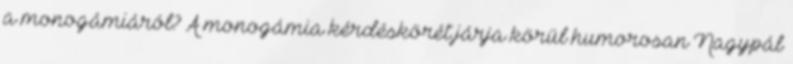
a monogámiáról? A monogámia kérdéskörét járja körül humorosan Nagypál